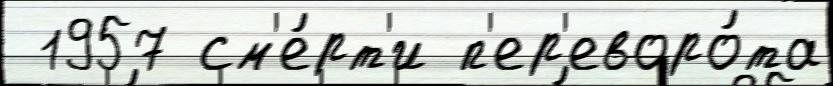
 1957 см'е́рт'и п'ер'еворо́та